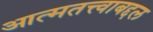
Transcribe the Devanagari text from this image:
आत्मतत्त्वाबद्दल